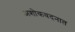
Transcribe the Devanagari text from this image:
अशोकवदनात